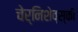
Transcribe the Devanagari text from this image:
चेर्निशेव्स्की